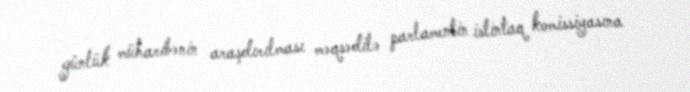
günlük müharibənin araşdırılması məqsədilə parlamentin istintaq komissiyasına